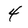
Character: 4